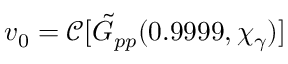
v _ { 0 } = \mathcal { C } [ \tilde { G } _ { p p } ( 0 . 9 9 9 9 , \chi _ { \gamma } ) ]